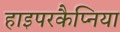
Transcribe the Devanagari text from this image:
हाइपरकैप्निया